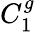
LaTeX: C_{1}^{g}